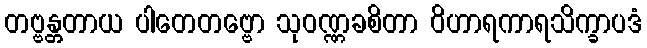
တဗ္ဗန္တတာယ ပါတေတဗ္ဗော သုဝဏ္ဏခစိတာ ဝိဟာရကာရသိက္ခာပဒံ